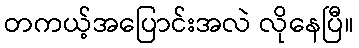
တကယ့်အပြောင်းအလဲ လိုနေပြီ။